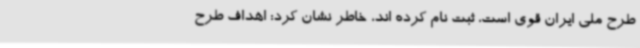
طرح ملی ایران قوی است، ثبت نام کرده اند، خاطر نشان کرد: اهداف طرح